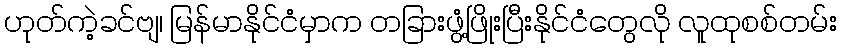
ဟုတ်ကဲ့ခင်ဗျ၊ မြန်မာနိုင်ငံမှာက တခြားဖွံ့ဖြိုးပြီးနိုင်ငံတွေလို လူထုစစ်တမ်း